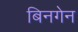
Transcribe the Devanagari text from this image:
बिनगेन